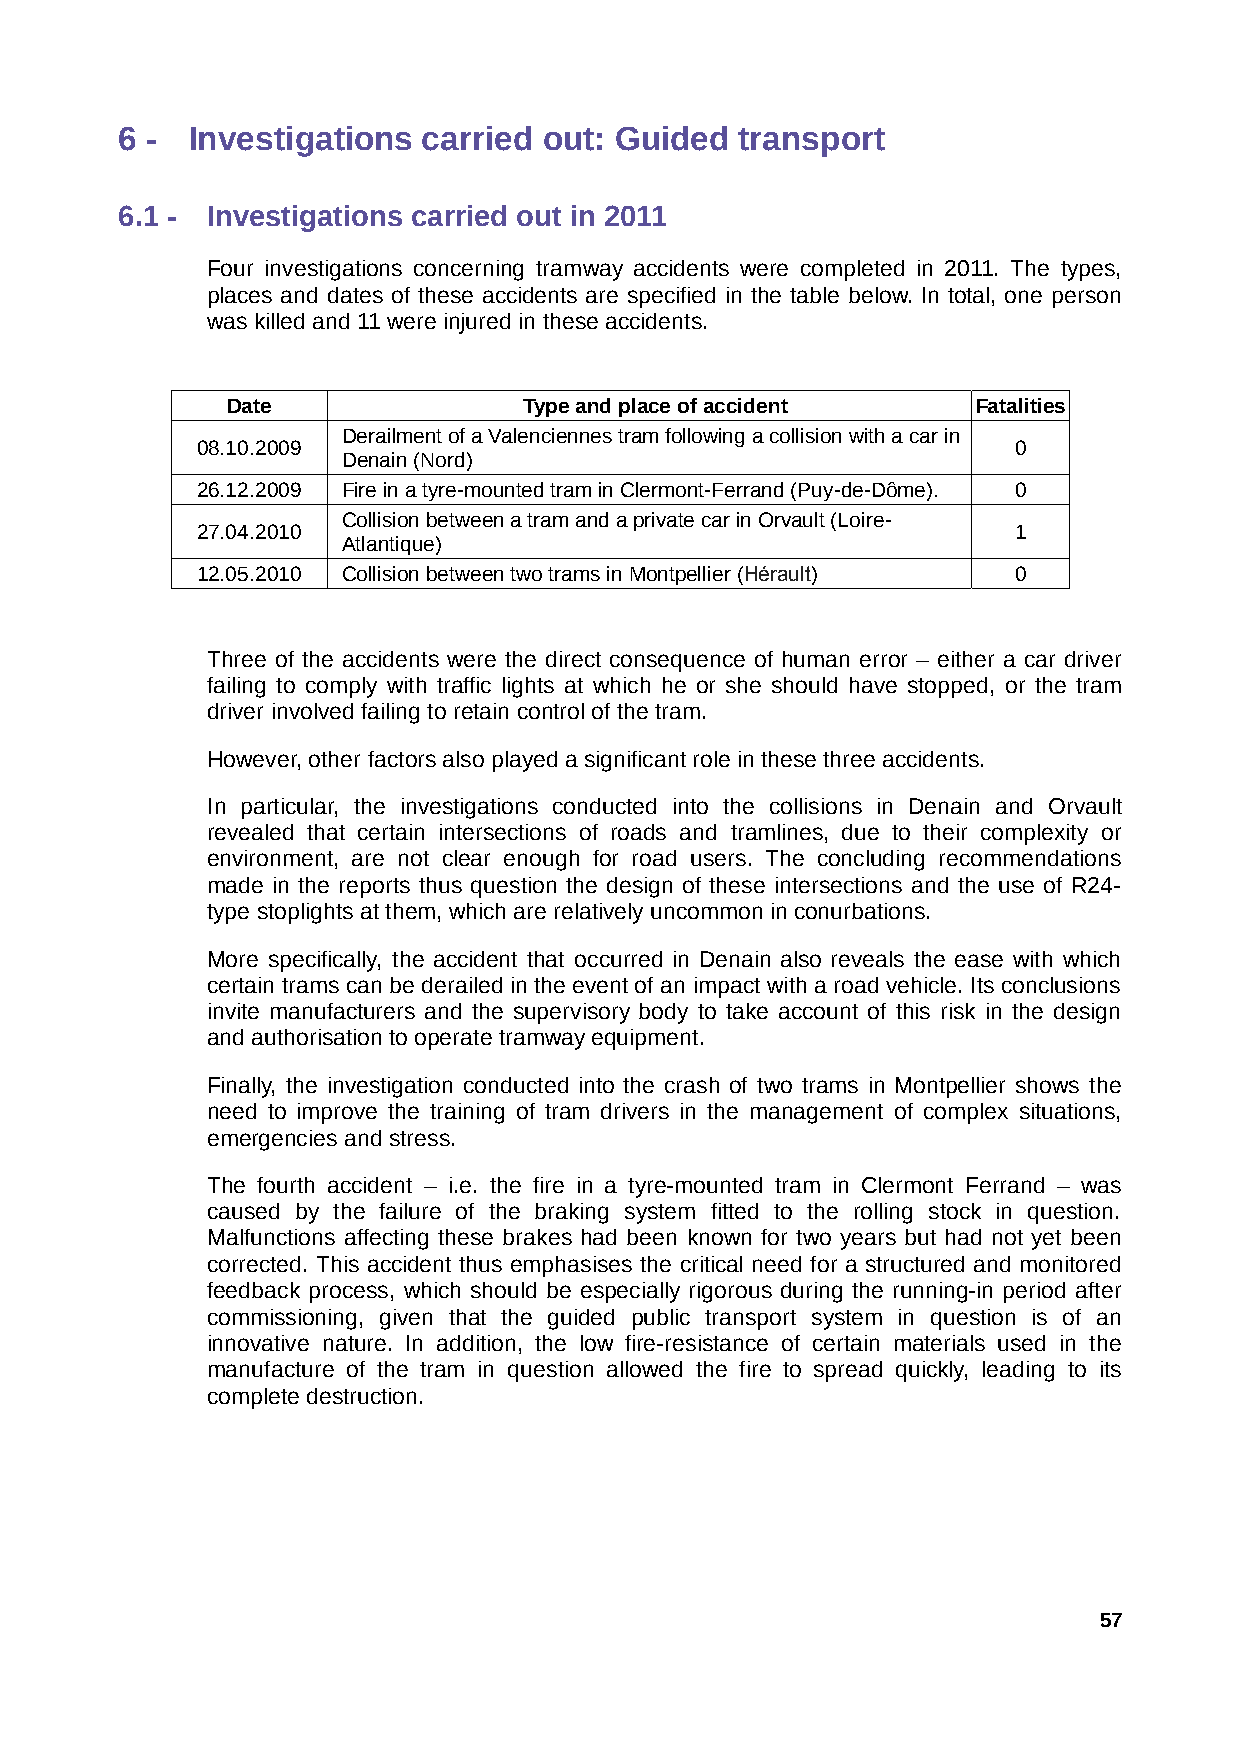
6 -  Investigations carried out: Guided  transport
 6.1 - Investigations carried out in 2011
 Four investigations concerning tramway accidents were completed in 2011. The types,
 places and dates of these accidents are specified in the table below. In total, one person
 was killed and 11 were injured in these accidents.
 Date                Type and place of accident    Fatalities
 Derailment of a Valenciennes tram following a collision with a car in
 08.10.2009                                            0
 Denain (Nord)
 26.12.2009 Fire in a tyre-mounted tram in Clermont-Ferrand (Puy-de-Dôme). 0
 Collision between a tram and a private car in Orvault (Loire-
 27.04.2010                                            1
 Atlantique)
 12.05.2010 Collision between two trams in Montpellier (Hérault) 0
 Three of the accidents were the direct consequence of human error – either a car driver
 failing to comply with traffic lights at which he or she should have stopped, or the tram
 driver involved failing to retain control of the tram.
 However, other factors also played a significant role in these three accidents.
 In particular, the investigations conducted into the collisions in Denain and Orvault
 revealed that certain intersections of roads and tramlines, due to their complexity or
 environment, are not clear enough for road users. The concluding recommendations
 made in the reports thus question the design of these intersections and the use of R24-
 type stoplights at them, which are relatively uncommon in conurbations.
 More specifically, the accident that occurred in Denain also reveals the ease with which
 certain trams can be derailed in the event of an impact with a road vehicle. Its conclusions
 invite manufacturers and the supervisory body to take account of this risk in the design
 and authorisation to operate tramway equipment.
 Finally, the investigation conducted into the crash of two trams in Montpellier shows the
 need to improve the training of tram drivers in the management of complex situations,
 emergencies and stress.
 The fourth accident – i.e. the fire in a tyre-mounted tram in Clermont Ferrand – was
 caused by the failure of the braking system fitted to the rolling stock in question.
 Malfunctions affecting these brakes had been known for two years but had not yet been
 corrected. This accident thus emphasises the critical need for a structured and monitored
 feedback process, which should be especially rigorous during the running-in period after
 commissioning, given that the guided public transport system in question is of an
 innovative nature. In addition, the low fire-resistance of certain materials used in the
 manufacture of the tram in question allowed the fire to spread quickly, leading to its
 complete destruction.
 57